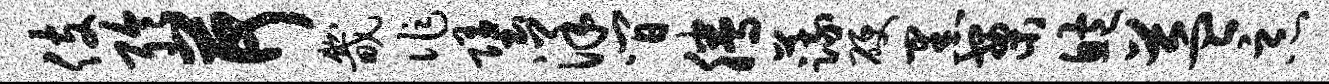
伎聆荷畿作堕洋间腾蔬硬黑案鲍益恶